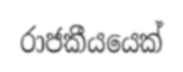
රාජකීයයෙක්